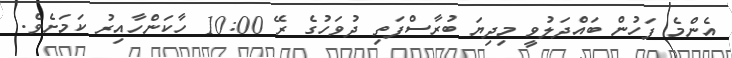
އެންމެ ފަހުން ބައްދަލުވީ މިދިޔަ ބުރާސްފަތި ދުވަހުގެ ރޭ 10:00 ހާކަންހާއިރު ކަމަށެވެ.